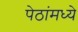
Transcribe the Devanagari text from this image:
पेठांमध्ये